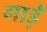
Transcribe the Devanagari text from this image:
गाड़ें